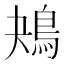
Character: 鴂